Document type: Dowry
Year: 1238
Scribe: Berenguer Jaume
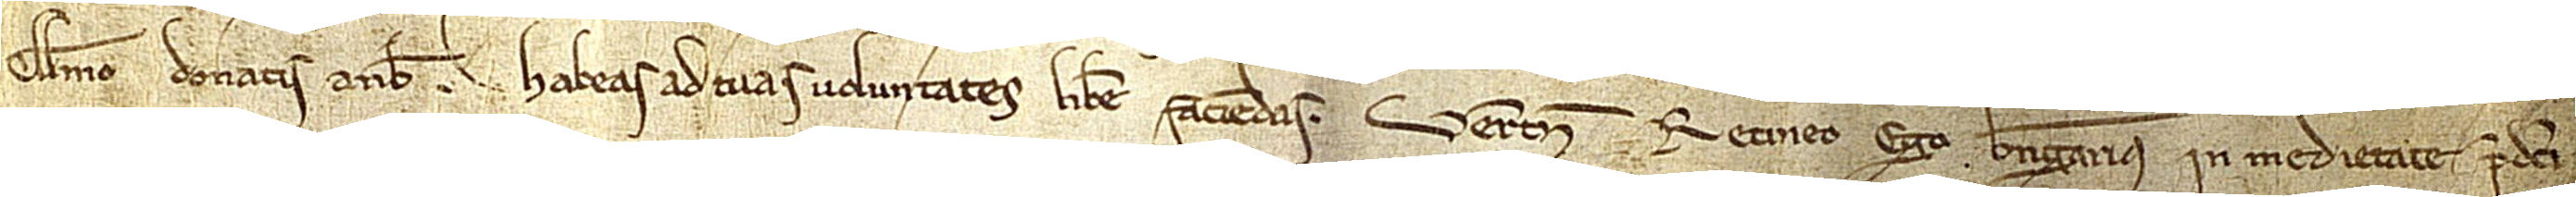
Guillelmo donatis a nobis habeas ad tuas voluntates libere faciendas. Verumtamen retineo ego Berengarius in medietate predicti